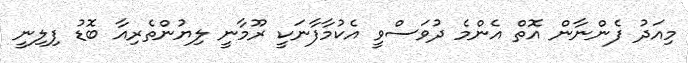
މިއަދު ފެންނާން އޮތް އެންމެ ދުވަސްވީ އެކުމާފާނަކީ ރޫމާނީ ލިޔުންތެރިއާ ބޮޑު ފިލިނީ